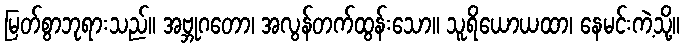
မြတ်စွာဘုရားသည်။ အဗ္ဘုဂတော၊ အလွန်တက်ထွန်းသော။ သူရိယောယထာ၊ နေမင်းကဲ့သို့။